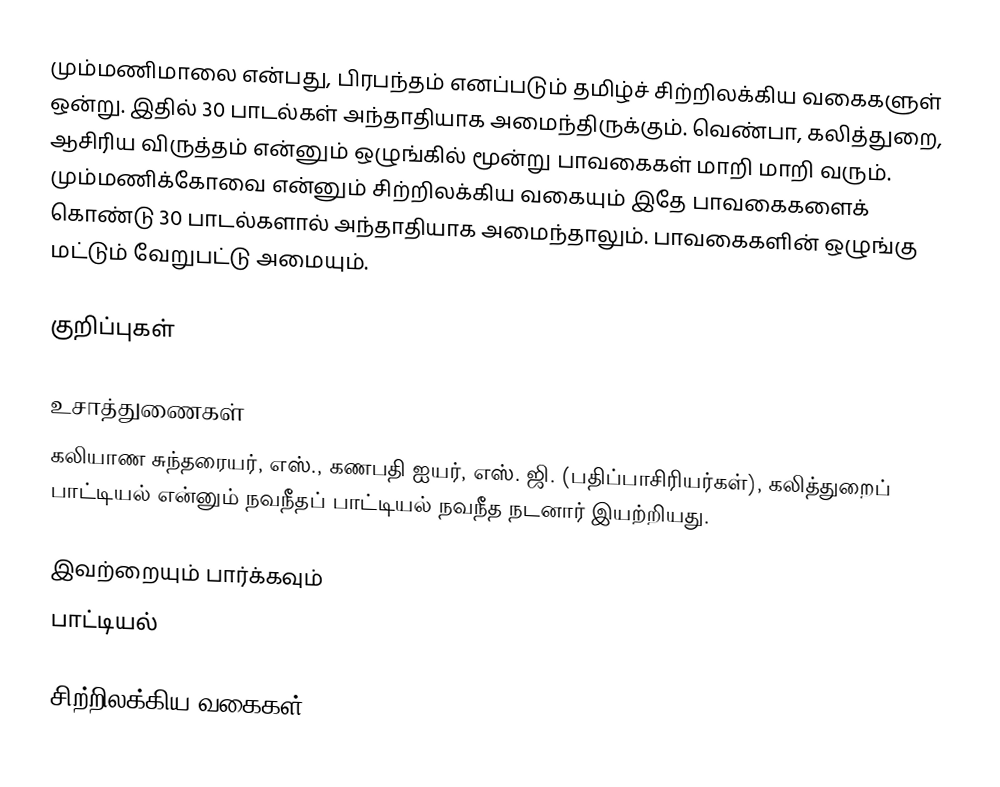
மும்மணிமாலை என்பது, பிரபந்தம் எனப்படும் தமிழ்ச் சிற்றிலக்கிய வகைகளுள் ஒன்று. இதில் 30 பாடல்கள் அந்தாதியாக அமைந்திருக்கும். வெண்பா, கலித்துறை, ஆசிரிய விருத்தம் என்னும் ஒழுங்கில் மூன்று பாவகைகள் மாறி மாறி வரும். மும்மணிக்கோவை என்னும் சிற்றிலக்கிய வகையும் இதே பாவகைகளைக் கொண்டு 30 பாடல்களால் அந்தாதியாக அமைந்தாலும். பாவகைகளின் ஒழுங்கு மட்டும் வேறுபட்டு அமையும்.

குறிப்புகள்

உசாத்துணைகள்
 கலியாண சுந்தரையர், எஸ்., கணபதி ஐயர், எஸ். ஜி. (பதிப்பாசிரியர்கள்), கலித்துறைப் பாட்டியல் என்னும் நவநீதப் பாட்டியல் நவநீத நடனார் இயற்றியது.

இவற்றையும் பார்க்கவும்
 பாட்டியல்

சிற்றிலக்கிய வகைகள்